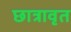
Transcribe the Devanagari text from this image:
छात्रावृत